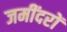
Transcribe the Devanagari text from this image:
जमींदरों